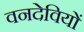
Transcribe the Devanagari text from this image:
वनदेवियों